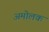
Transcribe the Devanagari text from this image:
अमोलक